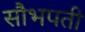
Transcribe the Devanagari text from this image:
सौभपती